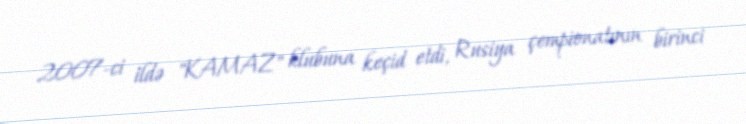
2007-ci ildə "KAMAZ" klubuna keçid etdi, Rusiya çempionatının birinci